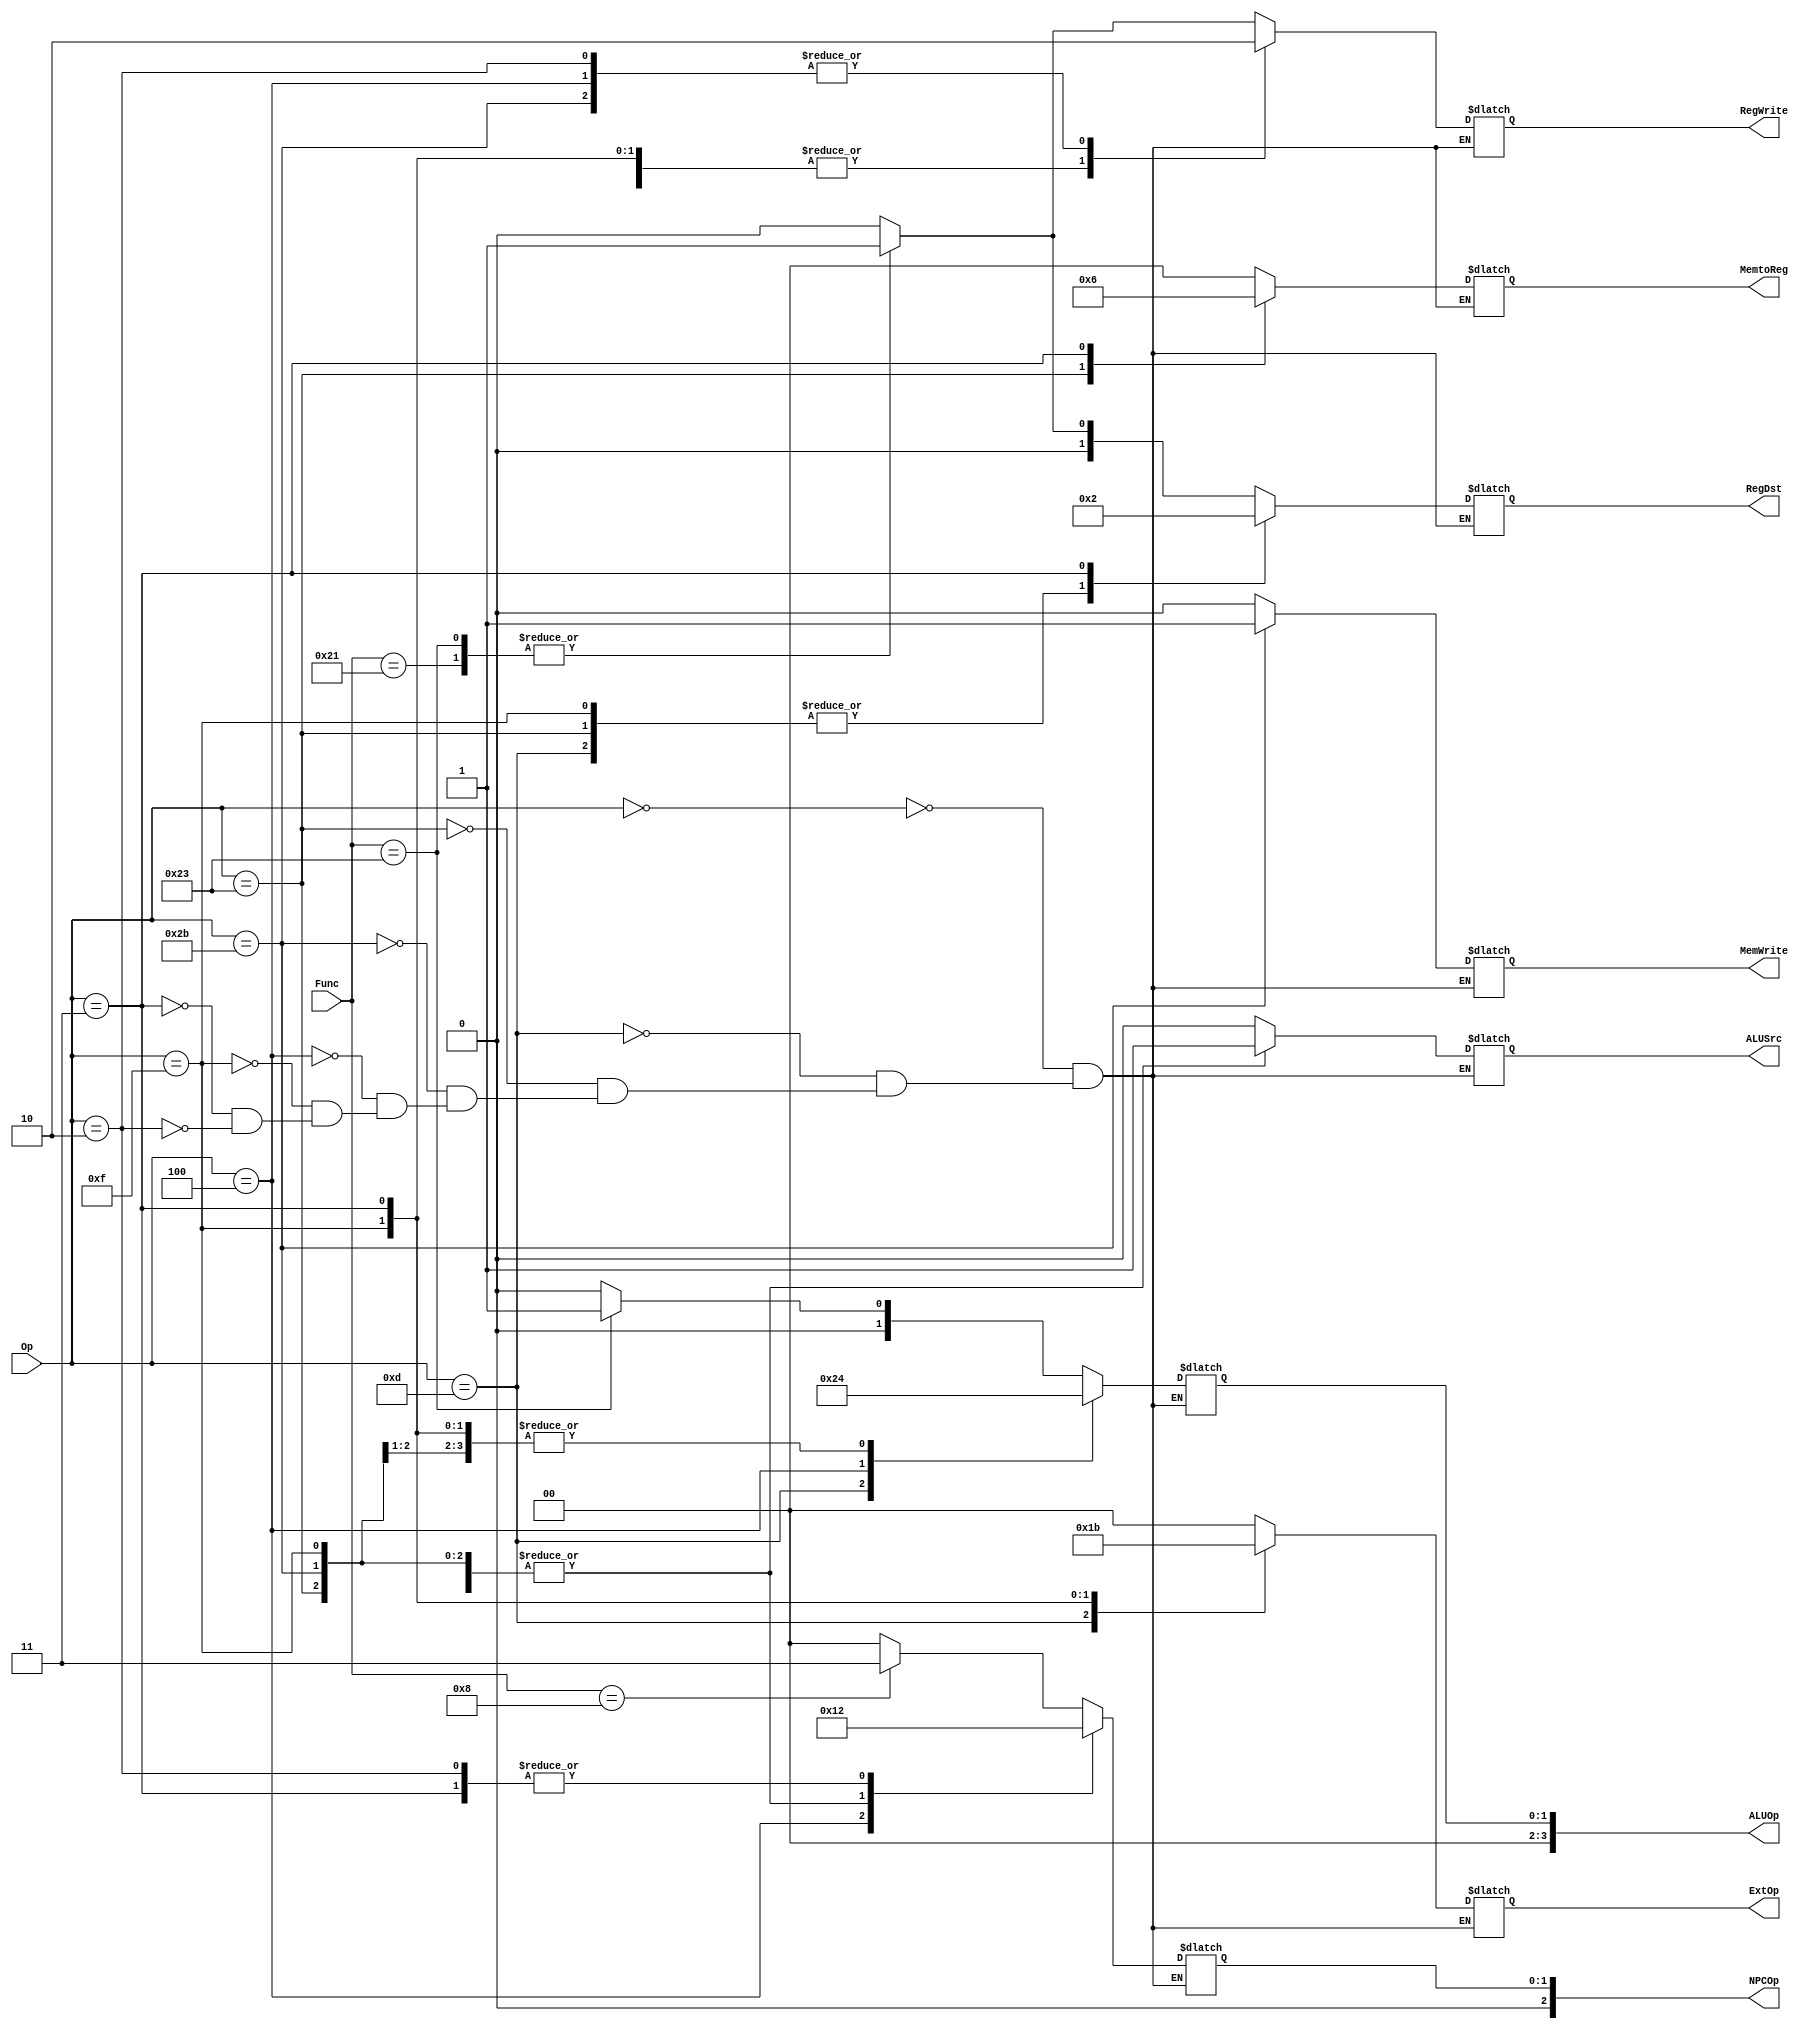
module ctrl(
    input [5:0] Op,
    input [5:0] Func,
    output [1:0] RegDst,
    output RegWrite,
    output ALUSrc,
    output MemWrite,
    output [1:0]MemtoReg,
    output [1:0] ExtOp,
    output [3:0] ALUOp,
	 output [2:0] NPCOp
    );
	 initial begin
		regdst	= 2'b00;
		regwrite = 0;							
		alusrc	= 0;
		memwrite = 0;
		memtoreg = 2'b00;
		extop    = 2'b00;
		aluop    = 4'b0000;
		npcop		= 3'b000;
	end
		
	 reg [1:0] regdst;
    reg regwrite;
    reg alusrc;
    reg memwrite;
    reg [1:0] memtoreg;
    reg [1:0] extop;
    reg [3:0] aluop;
	 reg [2:0] npcop;
	 
	parameter addu_f = 6'b100001,
				 subu_f = 6'b100011,
				 jr_f   = 6'b001000,
				 ori    = 6'b001101,
				 lw     = 6'b100011,
				 sw     = 6'b101011,
				 beq    = 6'b000100,
				 lui    = 6'b001111,
				 j		  = 6'b000010,
				 jal    = 6'b000011;

	always @ (Op or Func) begin
		case(Op)
			0: begin
				case(Func)
					addu_f:	begin
									regdst	= 2'b01;
									regwrite = 1;
									alusrc	= 0;
									memwrite = 0;
									memtoreg = 2'b00;
									extop    = 2'bxx;
									aluop    = 4'b0000;
									npcop		= 3'b000;
								end
					subu_f:	begin
									regdst	= 2'b01;
									regwrite = 1;
									alusrc	= 0;
									memwrite = 0;
									memtoreg = 2'b00;
									extop    = 2'bxx;
									aluop    = 4'b0001;
									npcop		= 3'b000;
								end
					jr_f:		begin
									regdst	= 2'bxx;
									regwrite = 0;
									alusrc	= 1'bx;
									memwrite = 0;
									memtoreg = 2'bxx;
									extop    = 2'bxx;
									aluop    = 4'bxxxx;
									npcop		= 3'b011;
								end
					default:	begin
									regdst	= 2'b00;
									regwrite = 0;
									alusrc	= 0;
									memwrite = 0;
									memtoreg = 2'b00;
									extop    = 2'b00;
									aluop    = 4'b0000;
									npcop		= 3'b000;
								end
				endcase
				end
			ori:	begin
						regdst	= 2'b00;
						regwrite = 1;
						alusrc	= 1;
						memwrite = 0;
						memtoreg = 2'b00;
						extop    = 2'b01;
						aluop    = 4'b0010;
						npcop		= 3'b000;
					end
			lw:	begin
						regdst	= 2'b00;
						regwrite = 1;
						alusrc	= 1;
						memwrite = 0;
						memtoreg = 2'b01;
						extop    = 2'b00;
						aluop    = 4'b0000;
						npcop		= 3'b000;
					end
			sw:	begin
						regdst	= 2'bxx;
						regwrite = 0;
						alusrc	= 1;
						memwrite = 1;
						memtoreg = 2'bxx;
						extop    = 2'b00;
						aluop    = 4'b0000;
						npcop		= 3'b000;
					end
			beq:	begin
						regdst	= 2'bxx;
						regwrite = 0;
						alusrc	= 0;
						memwrite = 0;
						memtoreg = 2'b00;
						extop    = 2'b00;
						aluop    = 4'b0001;
						npcop		= 3'b001;
					end
			lui:	begin
						regdst	= 2'b00;
						regwrite = 1;
						alusrc	= 1;
						memwrite = 0;
						memtoreg = 2'b00;
						extop    = 2'b10;
						aluop    = 4'b0000;
						npcop		= 3'b000;
					end
			jal:	begin
						regdst	= 2'b10;
						regwrite = 1;
						alusrc	= 1'bx;
						memwrite = 0;
						memtoreg = 2'b10;
						extop    = 2'b11;
						aluop    = 4'b0000;
						npcop		= 3'b010;
					end
			j  :	begin
						regdst	= 2'bxx;
						regwrite = 0;
						alusrc	= 1'bx;
						memwrite = 0;
						memtoreg = 2'bxx;
						extop    = 2'bxx;
						aluop    = 4'bxxxx;
						npcop		= 3'b010;
					end
		endcase
	end

	assign	RegDst 	= regdst;
	assign	RegWrite = regwrite;
	assign	ALUSrc 	= alusrc;
	assign	MemWrite = memwrite;
	assign	MemtoReg = memtoreg;
	assign	ExtOp 	= extop;
	assign	ALUOp 	= aluop;
	assign	NPCOp 	= npcop;


endmodule